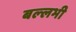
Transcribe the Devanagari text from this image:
बल्‍लभी